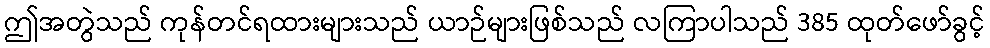
ဤအတွဲသည် ကုန်တင်ရထားများသည် ယာဉ်များဖြစ်သည် လကြာပါသည် 385 ထုတ်ဖော်ခွင့်